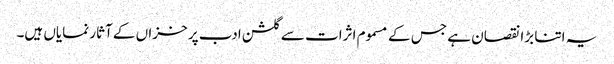
یہ اتنا بڑا نقصان ہے جس کے مسموم اثرات سے گلشن ادب پر خزاں کے آثار نمایاں ہیں۔